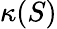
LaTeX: \kappa(S)